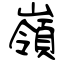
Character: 嶺